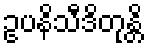
ဥပနိသီဒိတုန္တိ